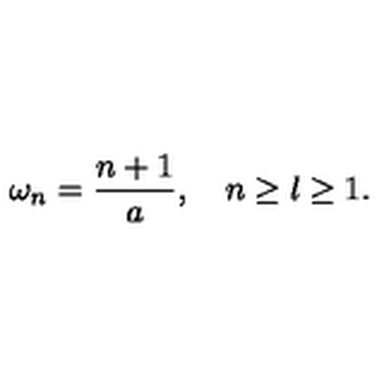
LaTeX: \omega _ { n } = \frac { n + 1 } { a } , \quad n \ge l \ge 1 .